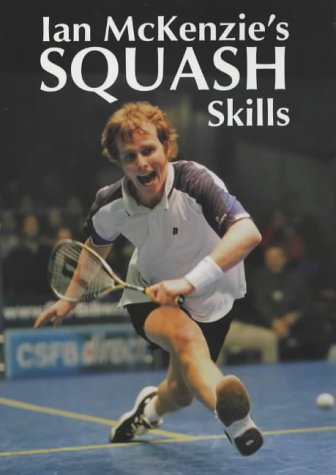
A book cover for Ian McKenzie's Squash Skills; Ian McKenzie; Sports & Outdoors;